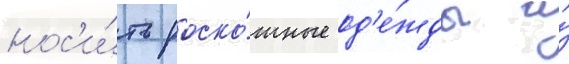
нос'и́ть роско́шные од'е́жды и́